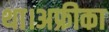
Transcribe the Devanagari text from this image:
था।अफ्रीका